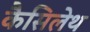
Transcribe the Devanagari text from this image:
कैसिलेथ